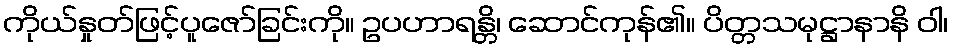
ကိုယ်နှုတ်ဖြင့်ပူဇော်ခြင်းကို။ ဥပဟာရန္တိ၊ ဆောင်ကုန်၏။ ပိတ္တသမုဋ္ဌာနာနိ ဝါ၊